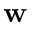
{ \bf w }